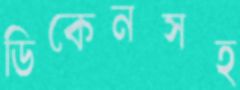
ডিকেনসহ